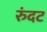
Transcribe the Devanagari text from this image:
रुंदट